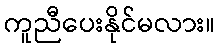
ကူညီပေးနိုင်မလား။